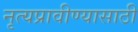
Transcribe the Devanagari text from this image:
नृत्यप्रावीण्यासाठी